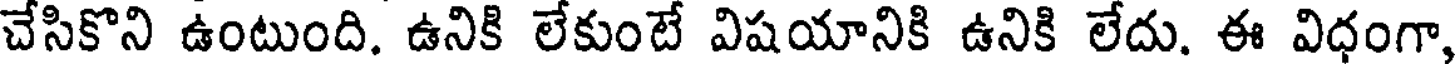
చేసికొని ఉంటుంది. ఉనికి లేకుంటే విషయానికి ఉనికి లేదు. ఈ విధంగా,